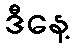
ဒီနေ့